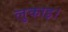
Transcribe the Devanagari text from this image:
लुकाइ।